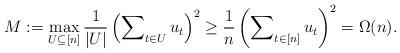
LaTeX: \begin{align*} M := \max_{U \subseteq [n]} \frac{1}{|U|} \left(\sum\nolimits_{t \in U} u_t\right)^2 \geq \frac{1}{n}\left(\sum\nolimits_{t \in [n]} u_t\right)^2 = \Omega(n). \end{align*}